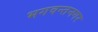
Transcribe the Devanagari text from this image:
भगवन्तनगर